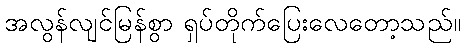
အလွန်လျင်မြန်စွာ ရှပ်တိုက်ပြေးလေတော့သည်။